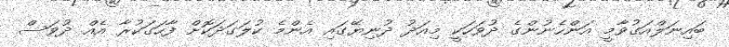
ބައިނަލްއަގުވާމީ އަންހެނުންގެ ދުވަހަކީ މިއަދު ދުނިޔޭގައި އެންމެ ކުލަގަދަކޮށް ފާހަގަކުރާ އެއް ދުވަސް